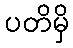
ပတိမှိ